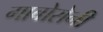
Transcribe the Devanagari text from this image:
गाबोरोनी